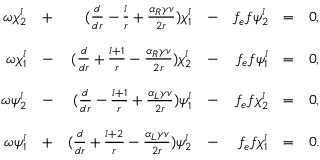
\begin{array} { r c r c r c l } { { \omega \chi _ { 2 } ^ { l } } } & { { + } } & { { ( \frac { d } { d r } - \frac { l } { r } + \frac { \alpha _ { R } \gamma v } { 2 r } ) \chi _ { 1 } ^ { l } } } & { { - } } & { { f _ { e } f \psi _ { 2 } ^ { l } } } & { { = } } & { { 0 , } } \\ { { } } & { { } } & { { } } & { { } } & { { } } & { { } } & { { } } \\ { { \omega \chi _ { 1 } ^ { l } } } & { { - } } & { { ( \frac { d } { d r } + \frac { l + 1 } { r } - \frac { \alpha _ { R } \gamma v } { 2 r } ) \chi _ { 2 } ^ { l } } } & { { - } } & { { f _ { e } f \psi _ { 1 } ^ { l } } } & { { = } } & { { 0 , } } \\ { { } } & { { } } & { { } } & { { } } & { { } } & { { } } & { { } } \\ { { \omega \psi _ { 2 } ^ { l } } } & { { - } } & { { ( \frac { d } { d r } - \frac { l + 1 } { r } + \frac { \alpha _ { L } \gamma v } { 2 r } ) \psi _ { 1 } ^ { l } } } & { { - } } & { { f _ { e } f \chi _ { 2 } ^ { l } } } & { { = } } & { { 0 , } } \\ { { } } & { { } } & { { } } & { { } } & { { } } & { { } } & { { } } \\ { { \omega \psi _ { 1 } ^ { l } } } & { { + } } & { { ( \frac { d } { d r } + \frac { l + 2 } { r } - \frac { \alpha _ { L } \gamma v } { 2 r } ) \psi _ { 2 } ^ { l } } } & { { - } } & { { f _ { e } f \chi _ { 1 } ^ { l } } } & { { = } } & { { 0 . } } \end{array}